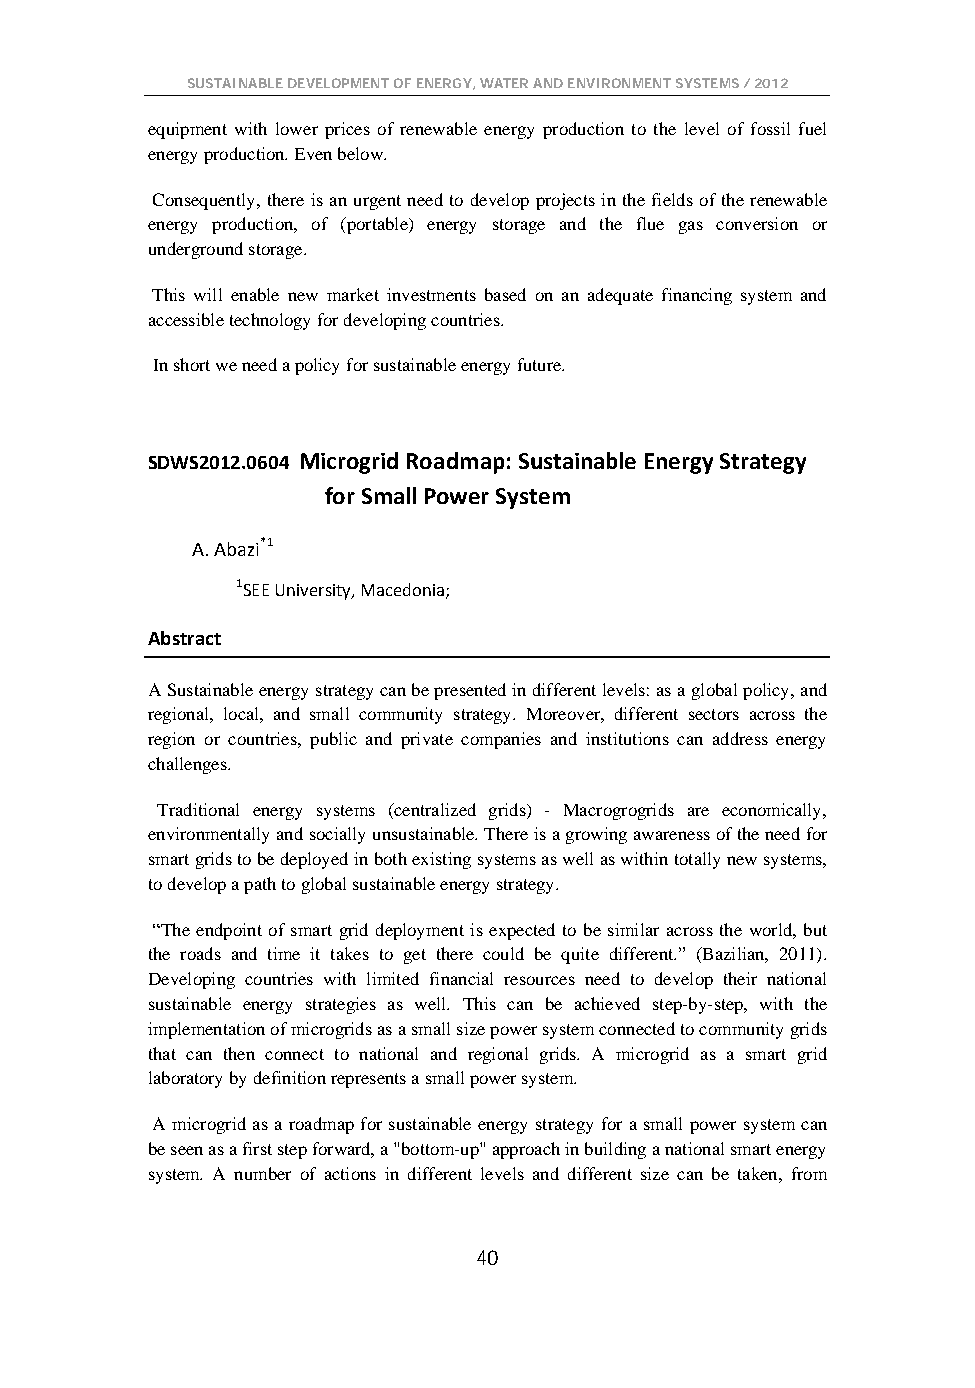
SUSTAINABLE DEVELOPMENT OF ENERGY, WATER AND ENVIRONMENT SYSTEMS / 2012
 equipment with lower prices of renewable energy production to the level of fossil fuel
 energy production. Even below.
 Consequently, there is an urgent need to develop projects in the fields of the renewable
 energy production, of (portable) energy storage and the flue gas conversion or
 underground storage.
 This will enable new market investments based on an adequate financing system and
 accessible technology for developing countries.
 In short we need a policy for sustainable energy future.
 SDWS2012.0604 Microgrid Roadmap: Sustainable Energy Strategy
 for Small Power System
 A. Abazi*1
 1SEE University, Macedonia;
 Abstract
 A Sustainable energy strategy can be presented in different levels: as a global policy, and
 regional, local, and small community strategy. Moreover, different sectors across the
 region or countries, public and private companies and institutions can address energy
 challenges.
 Traditional energy systems (centralized grids) - Macrogrogrids are economically,
 environmentally and socially unsustainable. There is a growing awareness of the need for
 smart grids to be deployed in both existing systems as well as within totally new systems,
 to develop a path to global sustainable energy strategy.
 “The endpoint of smart grid deployment is expected to be similar across the world, but
 the roads and time it takes to get there could be quite different.” (Bazilian, 2011).
 Developing countries with limited financial resources need to develop their national
 sustainable energy strategies as well. This can be achieved step-by-step, with the
 implementation of microgrids as a small size power system connected to community grids
 that can then connect to national and regional grids. A microgrid as a smart grid
 laboratory by definition represents a small power system.
 A microgrid as a roadmap for sustainable energy strategy for a small power system can
 be seen as a first step forward, a "bottom-up" approach in building a national smart energy
 system. A number of actions in different levels and different size can be taken, from
 40